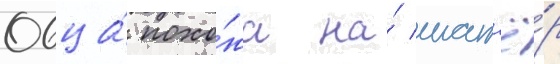
Овца́ похо́жа на́ шат'ё́р